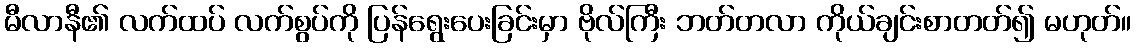
မီလာနီ၏ လက်ထပ် လက်စွပ်ကို ပြန်ရွေးပေးခြင်းမှာ ဗိုလ်ကြီး ဘတ်တလာ ကိုယ်ချင်းစာတတ်၍ မဟုတ်။